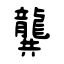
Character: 龔